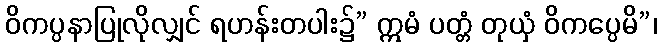
ဝိကပ္ပနာပြုလိုလျှင် ရဟန်းတပါး၌” ဣမံ ပတ္တံ တုယှံ ဝိကပ္ပေမိ”၊